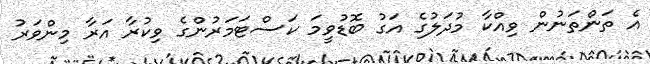
އެ ތަންތަނުން ވިއްކާ މުދަލުގެ އަގު ބޮޑުވީމަ ކަސްޓަމަރުންގެ ވިކުރާ އަރާ މިންވަރު